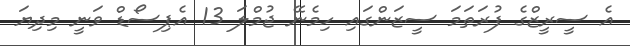
އެ ސީރީޒްގެ ފުރަތަމަ ސީޒަންގައި ހިމެނޭ ޖުމްލަ 13 އެޕިސޯޑް ވަނީ މިދިޔަ